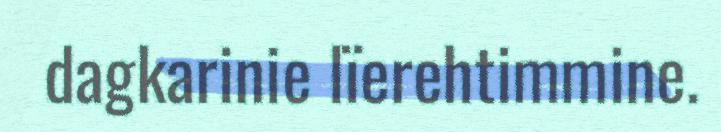
dagkarinie lïerehtimmine.